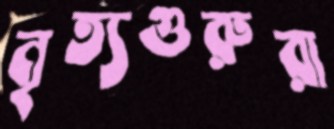
নৃত্যগুরুরা